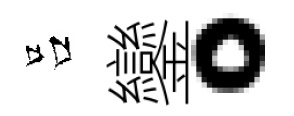
吕鑾。